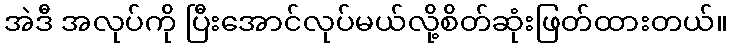
အဲဒီ အလုပ်ကို ပြီးအောင်လုပ်မယ်လို့စိတ်ဆုံးဖြတ်ထားတယ်။